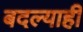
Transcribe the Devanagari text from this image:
बदल्याही